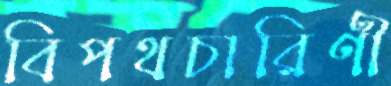
বিপথচারিণী